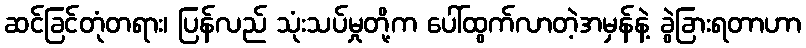
ဆင်ခြင်တုံတရား၊ ပြန်လည် သုံးသပ်မှုတို့က ပေါ်ထွက်လာတဲ့အမှန်နဲ့ ခွဲခြားရတာဟာ